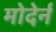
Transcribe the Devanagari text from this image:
मोदेर्न